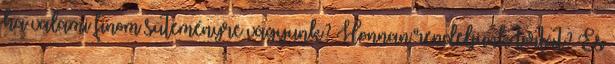
ha valami finom süteményre vágyunk? Honnan rendeljünk tortát? És